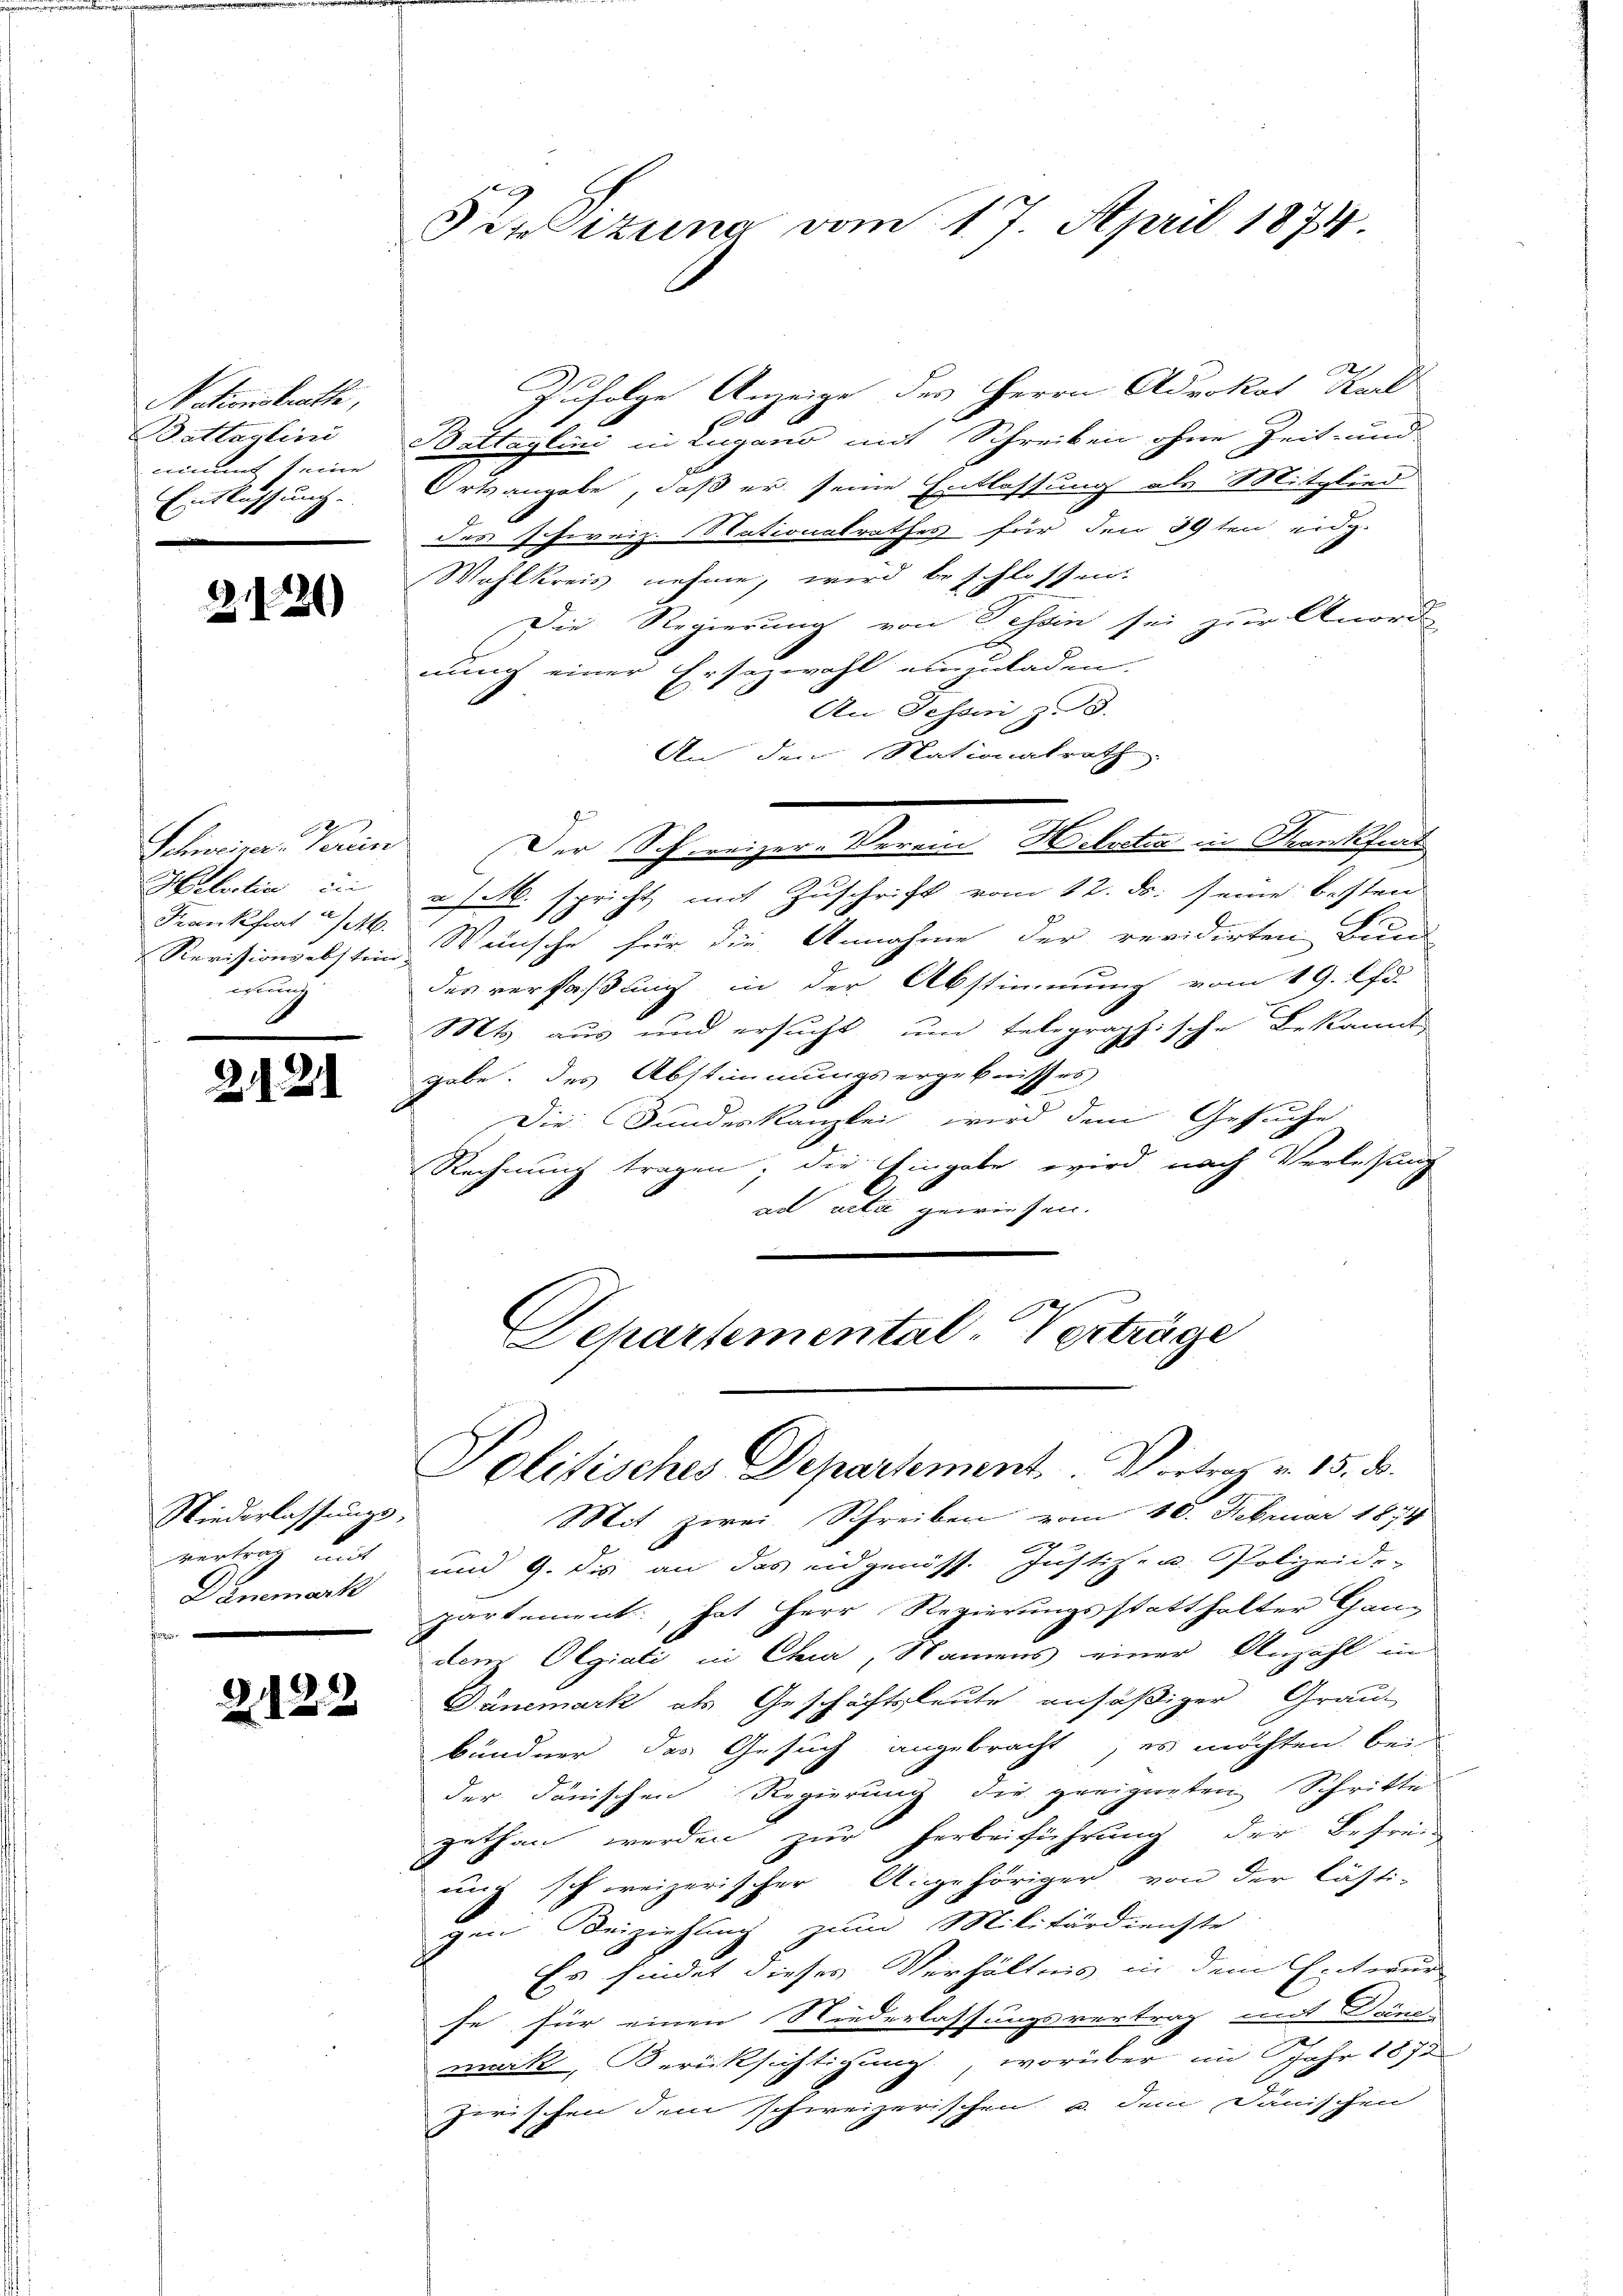
Nationskrathe,
Battaglini
nimmt seine
Entlassung.

2126)

2
Schweizer Verein
Helvetia in
Franckfert a/M.
nung

24.

.

Niederlassungsvertrag mit
Dänemark
f

2122

Pesizung vom 17. April 1874.

Zufolge Anzeige des Herrn Advokat Karl
e
Battaylini in Lugano mit Schreiben ohne Zeit- und
Ortsangabe, daß er seine Entlassung als Mitglied
des schweiz. Nationalrathes für den 29ten eidg.
Wahlkreis nehme, wird beschlossen.
Die Regierung von Tessin sei zur Anord
nung einer Ersazwahl einzuladen.
An Gesan, z. 3.
An den Nationalrath
a/M. spricht mit Zuschrift vom 12. ds. seine besten
Revisionsabstein Weinsche für die Annahme der revidirten Bund
des verfaßung in der Abstimmung vom 19. d.
Mts. aus und ersucht un telegraphische Bekannt

gabe des Abstimmungsergebnisses
Die Stundeskanzlei wird dem Gesuche
Rechnung tragen; die Eingabe wird nach Verlesung
ad acta gewiesen.

Der Schweizer-Verein Helvetia in Krankfurt

Departemental-Verträge
Politisches Departement. Vortrag v. 15. d.

Mit zwei Schreiben vom 10. Februar 1874
und 9. dis an das eidgenöss. Justiz- u. Polizeide-
partement hat Herr Regierungsstatthalter Ganz
dem Olgiati in Chur, Namens einer Anzahl in
Dunemark als Geschäftsleute ansäßiger Grau-
bündner des Gesuch angebracht, es möchten bei
der dänischen Regierung die geeigneten Schritte
gethan werden zur Herbeiführung der Befreiung schweizerischer Angehöriger von der lästi-
gen Beiziehung zum Militärdienste
Es findet dieses Verhältnis in dem Entwur
fe für einen Niederlassungsvertrag mit Deinen
e
mack, Berücksichtigung, worüber im Jahr 1878
zerischen dem schweizerischen u. dem Dänischen